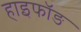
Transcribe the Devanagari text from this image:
हाइफॉङ